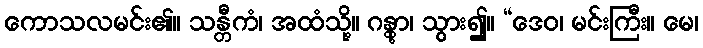
ကောသလမင်း၏။ သန္တီကံ၊ အထံသို့။ ဂန္တွာ၊ သွား၍။ “ဒေဝ၊ မင်းကြီး။ မေ၊